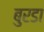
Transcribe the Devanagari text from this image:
बुरडा